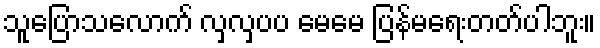
သူပြောသလောက် လှလှပပ မေမေ ပြန်မရေးတတ်ပါဘူး။